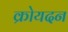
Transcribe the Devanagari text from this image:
क्रोयदन